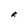
Character: R